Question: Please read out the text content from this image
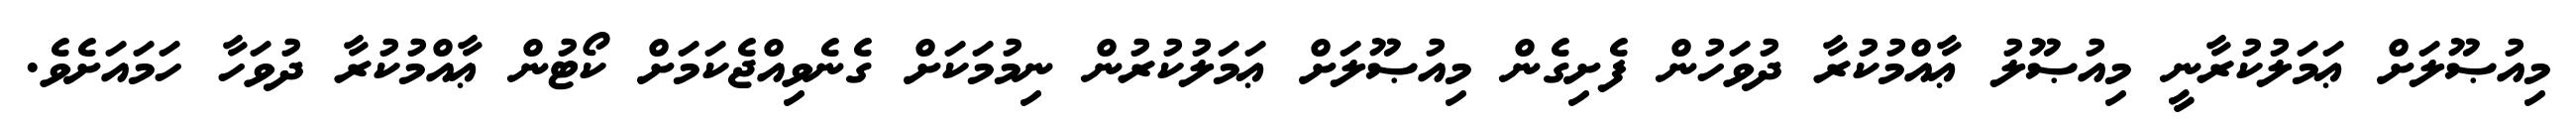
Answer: މިއުޞޫލަށް ޢަމަލުކުރާނީ މިއުޞޫލު ޢާއްމުކުރާ ދުވަހުން ފެށިގެން މިއުޞޫލަށް ޢަމަލުކުރުން ނިމުމަކަށް ގެނެވިއްޖެކަމަށް ކޯޓުން ޢާއްމުކުރާ ދުވަހާ ހަމައަށެވެ.